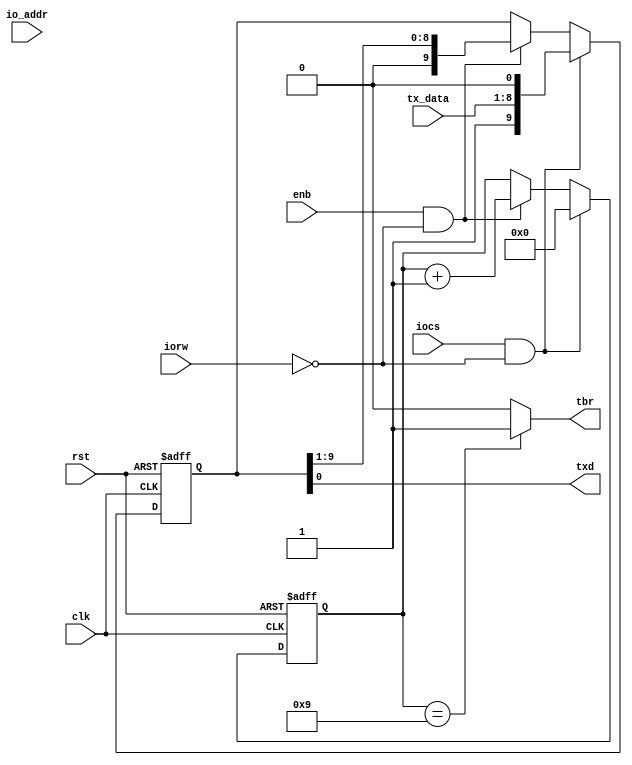
//////////////////////////////////////////////////////////////////////////////////
// Company: UW Madison - ECE 554
//
// Create Date:
// Design Name: 
// Module Name:    driver
// Project Name: spart
// Target Devices: Cyclone V
// Tool versions: Quartus Prime 
// Description: spart transimt logic
//
// Dependencies:
//
// Revision:
// Revision 0.01 - File Created
// Additional Comments:
//
//////////////////////////////////////////////////////////////////////////////////

module spart_tx (clk, rst, iocs, iorw, tx_data, io_addr, enb, tbr, txd);
input clk, rst, iocs, iorw, enb;
input [1:0] io_addr;
input [7:0] tx_data;

output tbr;
output txd;

// transmit section
reg [9:0] tx_shift_reg;
reg [3:0] shift_count;

parameter [3:0] load_val = 4'h9;

always@(posedge clk, negedge rst) begin

	if(~rst) begin	
		tx_shift_reg <= 10'h3FF;
		shift_count <= load_val;		
	end
	// load shift reg if start of transmit
	else if(iocs && !iorw) begin
		tx_shift_reg <= {1'b1, tx_data, 1'b0};		
		shift_count <= 1'b0;
	end	
	// shift data
	else if(enb && !iorw) begin
		tx_shift_reg <= tx_shift_reg>>1;		
		shift_count <= shift_count + 1'b1;
	end	
	// hold
	else begin		
		tx_shift_reg <= tx_shift_reg;
		shift_count <= shift_count;
	end
end
assign txd = tx_shift_reg[0];
assign tbr = (shift_count == load_val) ? 1'b1 : 1'b0;
	
endmodule